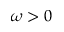
\omega > 0